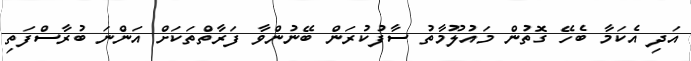
އަދި އެކަމާ ބެހޭ ގޮތުން މައުލޫމާތު ސާފުކުރަން ބޭނުންވާ ފަރާތްތަކަށް އަންނަ ބުރާސްފަތި